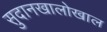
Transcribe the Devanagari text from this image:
सुदानखालोखाल